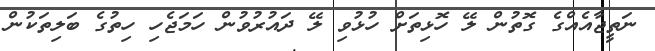
ނަތީޖާއެއްގެ ގޮތުން ލޭ ހޮޅިތަށް ހުޅުވި ލޭ ދައުރުވުން ހަމަޖެހި ހިތުގެ ބަލިތަކުން